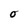
Character: O